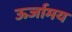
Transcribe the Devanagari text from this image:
ऊर्जामय